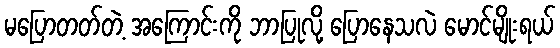
မပြောတတ်တဲ့ အကြောင်းကို ဘာပြုလို့ ပြောနေသလဲ မောင်မျိုးရယ်